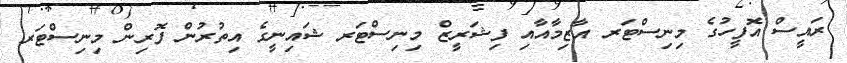
ރައީސް އޮފީހުގެ މިނިސްޓަރ އާޒިމާއާއި ފިޝަރީޒް މިނިސްޓަރ ޝައިނީގެ އިތުރުން ފޮރިން މިނިސްޓަރ